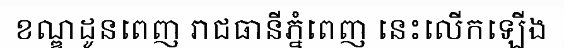
ខណ្ឌដូនពេញ រាជធានីភ្នំពេញ នេះលើកឡើង